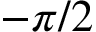
- \pi / 2